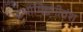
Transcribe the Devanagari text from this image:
इथामिइनीवंश